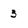
Character: 3